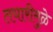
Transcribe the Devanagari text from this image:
तयारीमुळे